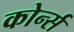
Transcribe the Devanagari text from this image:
कोर्न्स